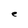
Character: e